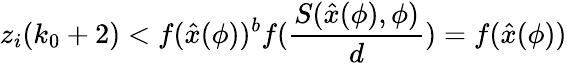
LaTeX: z_{i}(k_{0}+2)<f(\hat{x}(\phi))^{b}f(\frac{S(\hat{x}(\phi),\phi)}{d})=f(\hat{x}(\phi))